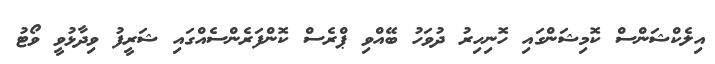
އިލެކްޝަންސް ކޮމިޝަންގައި ހޮނިހިރު ދުވަހު ބޭއްވި ޕްރެސް ކޮންފަރެންސެއްގައި ޝަރީފު ވިދާޅުވީ ވޯޓު